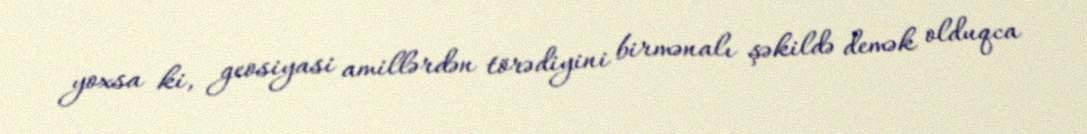
yoxsa ki, geosiyasi amillərdən törədiyini birmənalı şəkildə demək olduqca